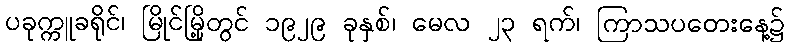
ပခုက္ကူခရိုင်၊ မြိုင်မြို့တွင် ၁၉၂၉ ခုနှစ်၊ မေလ ၂၃ ရက်၊ ကြာသပတေးနေ့၌